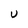
Character: U